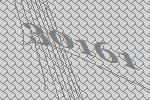
30161